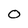
Character: 0